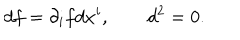
d f = \partial _ { i } f d x ^ { i } , \qquad d ^ { 2 } = 0 .